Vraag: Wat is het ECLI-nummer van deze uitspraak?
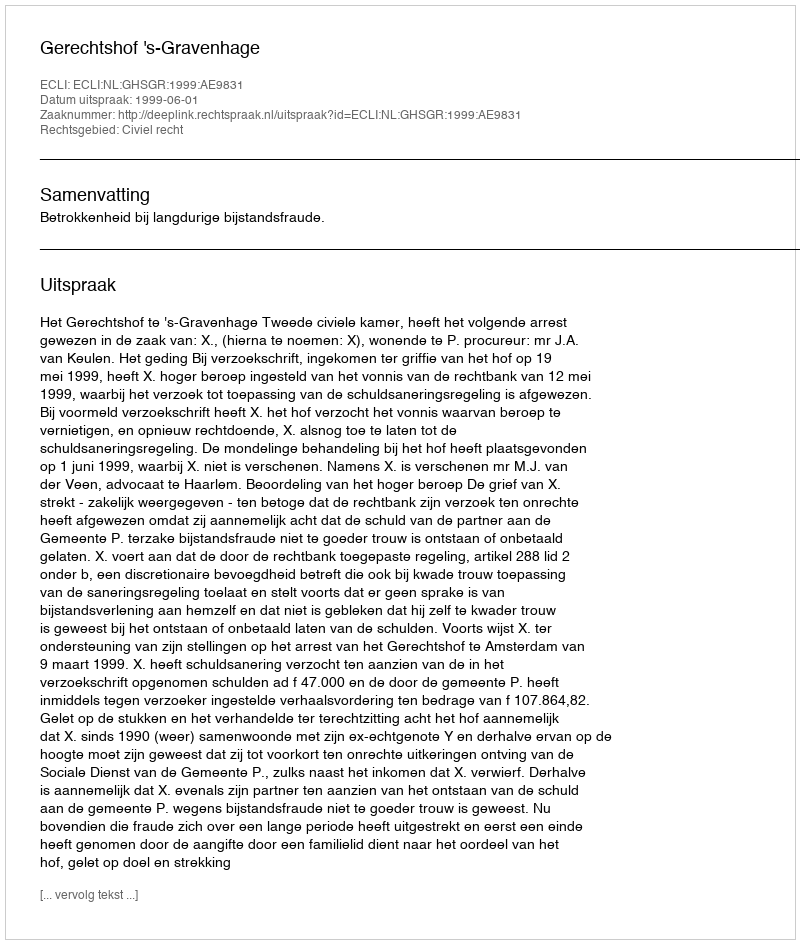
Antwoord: ECLI:NL:GHSGR:1999:AE9831